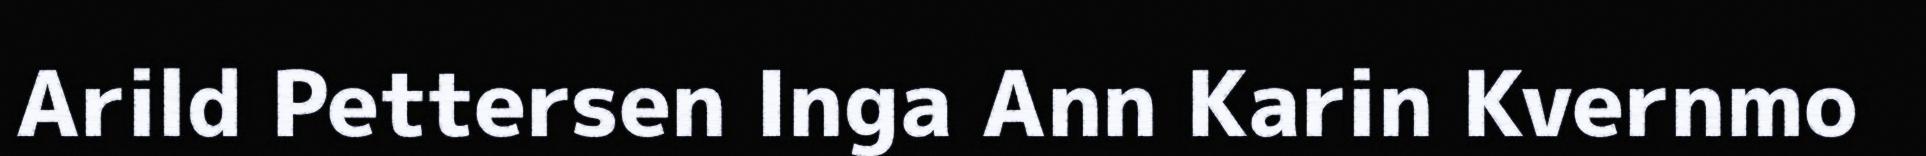
Arild Pettersen Inga Ann Karin Kvernmo